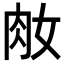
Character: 𦘽